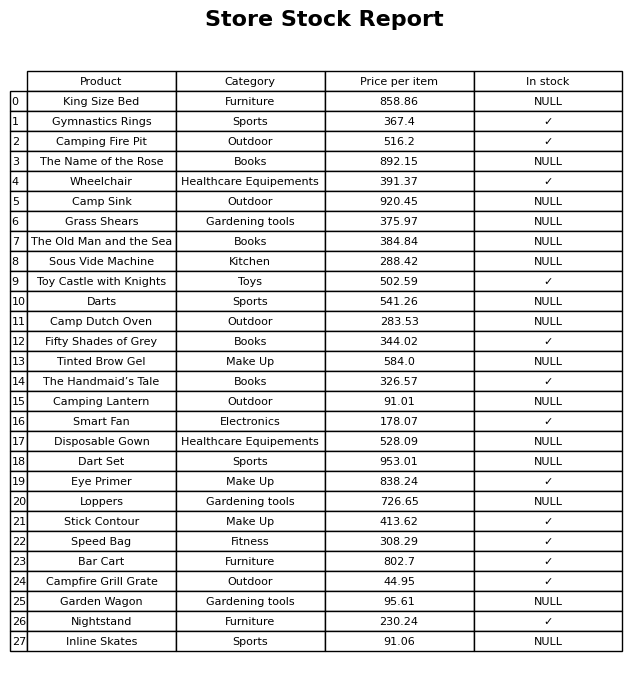
question: What is the price for Dart Set?
answer: The price of Dart Set is 953.01.